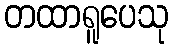
တထာရူပေသု